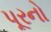
પૂરનો